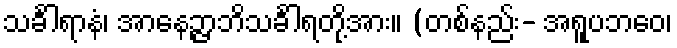
သင်္ခါရာနံ၊ အာနေဉ္ဇာဘိသင်္ခါရတို့အား။ (တစ်နည်း- အရူပဘဝေ၊